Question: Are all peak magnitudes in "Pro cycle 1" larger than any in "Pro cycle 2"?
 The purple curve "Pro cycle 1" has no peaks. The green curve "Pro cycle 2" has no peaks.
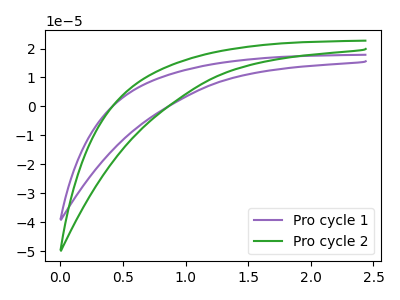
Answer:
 <answer>Niether CV has any peaks.</answer>
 <eval>blanks</eval>